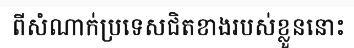
ពីសំណាក់ប្រទេសជិតខាងរបស់ខ្លួននោះ